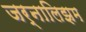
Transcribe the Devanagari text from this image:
जर्नालिझम